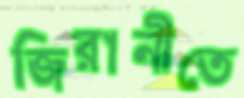
জিরানীতে